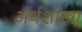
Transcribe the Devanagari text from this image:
अर्थशास्त्रा